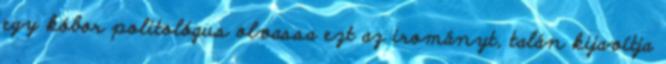
egy kóbor politológus olvassa ezt az irományt, talán kijavítja